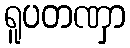
ရူပတဏှာ